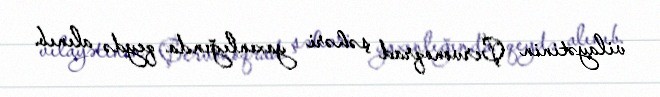
vilayətinin Çervonoqrad şəhəri yaxınlığında qeydə alınıb.